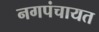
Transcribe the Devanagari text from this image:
नगपंचायत